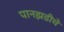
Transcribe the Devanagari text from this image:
पानझडीचे